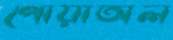
পোয়াঅল